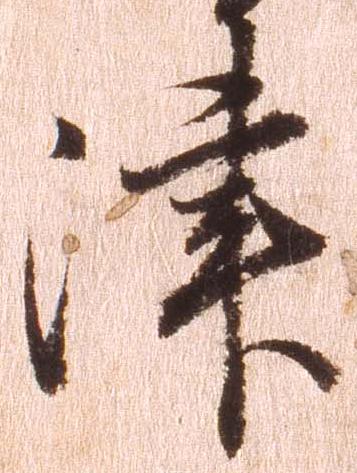
津